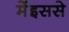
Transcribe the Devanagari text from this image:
मेंइससे